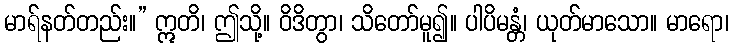
မာရ်နတ်တည်း။” ဣတိ၊ ဤသို့။ ဝိဒိတွာ၊ သိတော်မူ၍။ ပါပိမန္တံ၊ ယုတ်မာသော။ မာရော၊